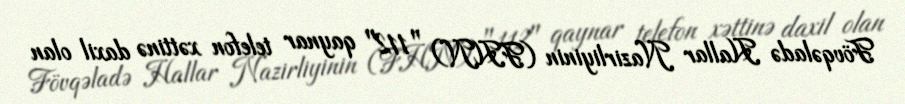
Fövqəladə Hallar Nazirliyinin (FHN) "112" qaynar telefon xəttinə daxil olan